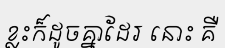
ខ្លះក៏ដូចគ្នាដែរ នោះ គឺ